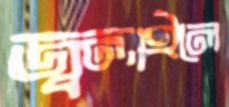
জ্বলাইলে